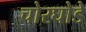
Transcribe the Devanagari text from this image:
चोरघोडे